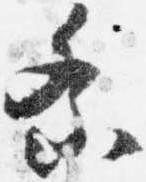
祭